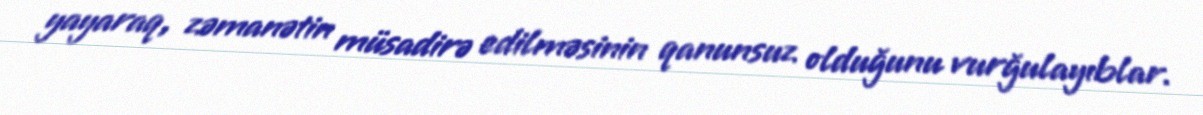
yayaraq, zəmanətin müsadirə edilməsinin qanunsuz olduğunu vurğulayıblar.